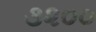
૩૨૦૦